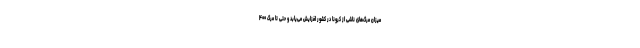
میزان مرگ‌های ناشی از کرونا در کشور افزایش می‌یابد و حتی تا مرگ ۴۰۰